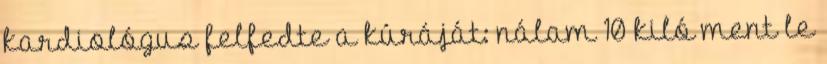
kardiológus felfedte a kúráját: nálam 10 kiló ment le